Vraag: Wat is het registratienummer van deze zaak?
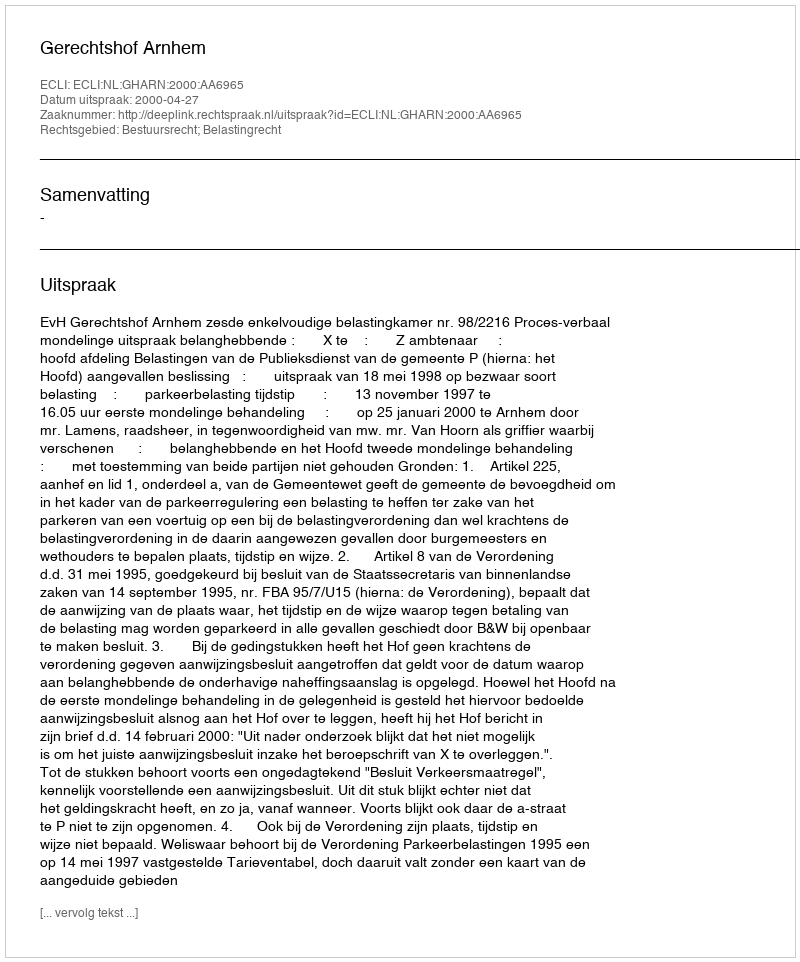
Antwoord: http://deeplink.rechtspraak.nl/uitspraak?id=ECLI:NL:GHARN:2000:AA6965